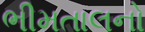
ભીમતાલનો